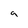
Character: 9